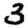
Digit: 3